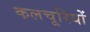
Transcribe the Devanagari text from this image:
कलचूरियों